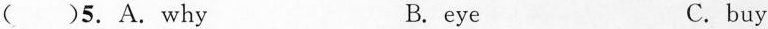
( )5. A. Why B. eye C. buy